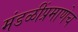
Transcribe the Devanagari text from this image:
मंडळींप्रमाणेच